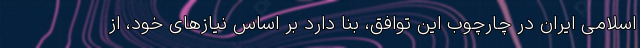
اسلامی ایران در چارچوب این توافق، بنا دارد بر اساس نیازهای خود، از